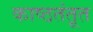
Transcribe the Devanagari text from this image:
काष्ठतंतूत